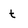
Character: t